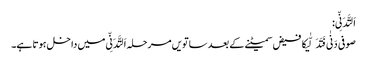
اَلتَّدَنِّی:
صوفی دَنٰی فَتَدَلّٰیکا فیض سمیٹنے کے بعد ساتویں مرحلہ اَلتَّدَنِّی میں داخل ہوتا ہے۔